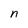
Character: n